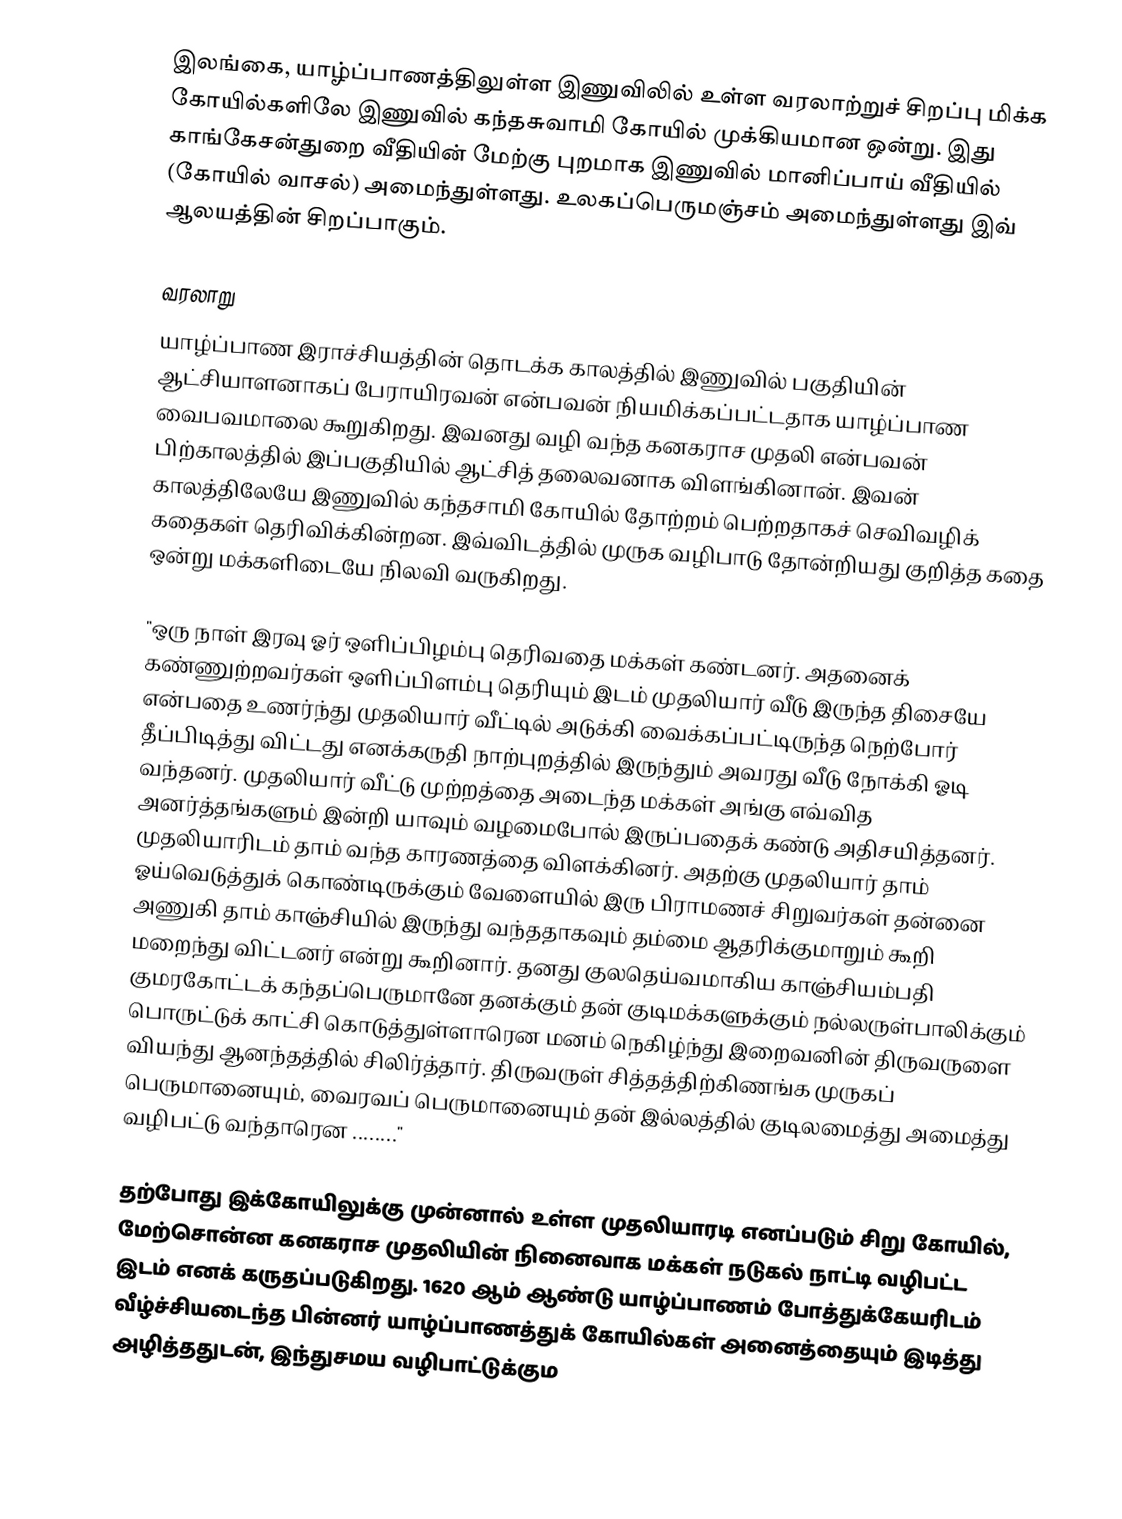
இலங்கை, யாழ்ப்பாணத்திலுள்ள இணுவிலில் உள்ள வரலாற்றுச் சிறப்பு மிக்க கோயில்களிலே இணுவில் கந்தசுவாமி  கோயில் முக்கியமான ஒன்று. இது காங்கேசன்துறை வீதியின் மேற்கு புறமாக  இணுவில் மானிப்பாய் வீதியில் (கோயில் வாசல்) அமைந்துள்ளது. உலகப்பெருமஞ்சம் அமைந்துள்ளது இவ் ஆலயத்தின் சிறப்பாகும்.

வரலாறு
யாழ்ப்பாண இராச்சியத்தின் தொடக்க காலத்தில் இணுவில் பகுதியின் ஆட்சியாளனாகப் பேராயிரவன் என்பவன் நியமிக்கப்பட்டதாக யாழ்ப்பாண வைபவமாலை கூறுகிறது. இவனது வழி வந்த கனகராச முதலி என்பவன் பிற்காலத்தில் இப்பகுதியில் ஆட்சித் தலைவனாக விளங்கினான். இவன் காலத்திலேயே இணுவில் கந்தசாமி கோயில் தோற்றம் பெற்றதாகச் செவிவழிக் கதைகள் தெரிவிக்கின்றன. இவ்விடத்தில் முருக வழிபாடு தோன்றியது குறித்த கதை ஒன்று மக்களிடையே நிலவி வருகிறது.

"ஒரு நாள் இரவு ஓர் ஒளிப்பிழம்பு தெரிவதை மக்கள் கண்டனர். அதனைக் கண்ணுற்றவர்கள் ஒளிப்பிளம்பு தெரியும் இடம் முதலியார் வீடு இருந்த திசையே என்பதை உணர்ந்து முதலியார் வீட்டில் அடுக்கி வைக்கப்பட்டிருந்த நெற்போர் தீப்பிடித்து விட்டது எனக்கருதி நாற்புறத்தில் இருந்தும் அவரது வீடு நோக்கி ஓடி வந்தனர். முதலியார் வீட்டு முற்றத்தை அடைந்த மக்கள் அங்கு எவ்வித அனர்த்தங்களும் இன்றி யாவும் வழமைபோல் இருப்பதைக் கண்டு அதிசயித்தனர். முதலியாரிடம் தாம் வந்த காரணத்தை விளக்கினர். அதற்கு முதலியார் தாம் ஓய்வெடுத்துக் கொண்டிருக்கும் வேளையில் இரு பிராமணச் சிறுவர்கள் தன்னை அணுகி தாம் காஞ்சியில் இருந்து வந்ததாகவும் தம்மை ஆதரிக்குமாறும் கூறி மறைந்து விட்டனர் என்று கூறினார். தனது குலதெய்வமாகிய காஞ்சியம்பதி குமரகோட்டக் கந்தப்பெருமானே தனக்கும் தன் குடிமக்களுக்கும் நல்லருள்பாலிக்கும்  பொருட்டுக் காட்சி கொடுத்துள்ளாரென மனம் நெகிழ்ந்து இறைவனின் திருவருளை வியந்து ஆனந்தத்தில் சிலிர்த்தார். திருவருள் சித்தத்திற்கிணங்க முருகப் பெருமானையும், வைரவப் பெருமானையும் தன் இல்லத்தில் குடிலமைத்து அமைத்து வழிபட்டு வந்தாரென ........"

தற்போது இக்கோயிலுக்கு முன்னால் உள்ள முதலியாரடி எனப்படும் சிறு கோயில், மேற்சொன்ன கனகராச முதலியின் நினைவாக மக்கள் நடுகல் நாட்டி வழிபட்ட இடம் எனக் கருதப்படுகிறது. 1620 ஆம் ஆண்டு யாழ்ப்பாணம் போத்துக்கேயரிடம் வீழ்ச்சியடைந்த பின்னர் யாழ்ப்பாணத்துக் கோயில்கள் அனைத்தையும் இடித்து அழித்ததுடன், இந்துசமய வழிபாட்டுக்கும